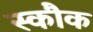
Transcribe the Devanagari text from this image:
स्कौक